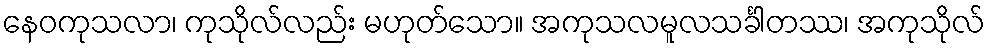
နေဝကုသလာ၊ ကုသိုလ်လည်း မဟုတ်သော။ အကုသလမူလသင်္ခါတဿ၊ အကုသိုလ်